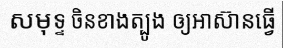
សមុទ្ទ ចិនខាងត្បូង ឲ្យអាស៊ានធ្វើ